Report of the Municipal Commissioner on the plague in Bombay for the year ending 31st May... - Volume 2
Disease focus: Plague
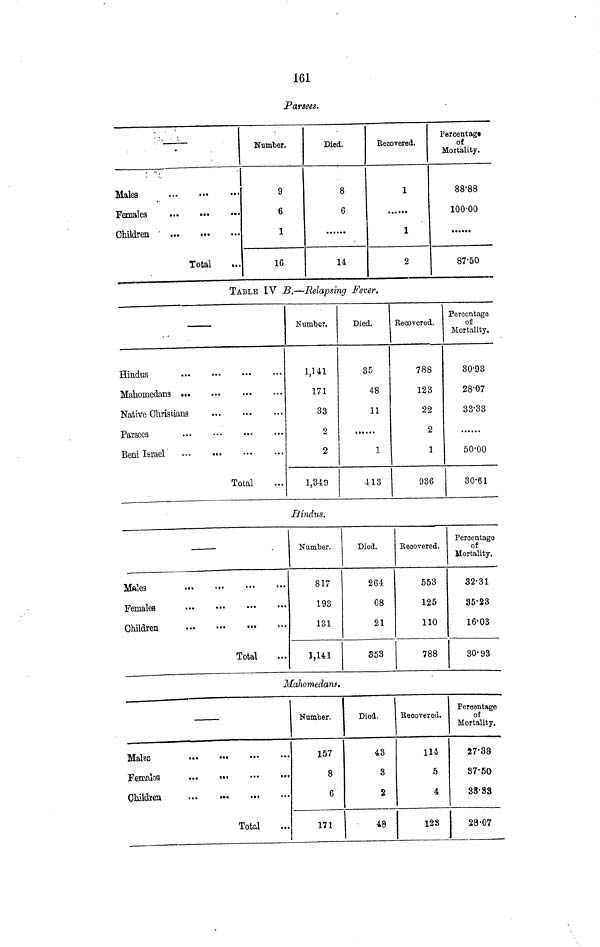
161
Parsees.
' •' — L.
Males
Females
Children '
Total
»..
Number.
9
6
1
16
Died.
8
6
14
Eecovered.
1
1
2
Percent agt
of
Mortality.
88-88
100-00
•••*••
87-50
TABLE IV B.—Relapsing Fever.
Native Christians
Total
Number.
1 141
a ?
171
33
2
2
1,349
Died.
35
48
11
1
413
Kecovered,
788
123
22
2
1
936
Percentage
of
Mortality.
30-93
28'07
33-33
50-00
30-61
Hindus.
Total
Number.
817
193
131
1,141
Died.
264
68
21
853
Keoovered.
553
125
110
788
Percentage
of
Mortality.
32-31
85-23
16-03
30- 93
Mahomedans.
Children
...
»••
Total
Number.
157
8
6
171
Died.
43
3
2
48
Becovered.
114
5
4
128
Percentage
of
Mortality,
27-38
87-50
33-83
28-07